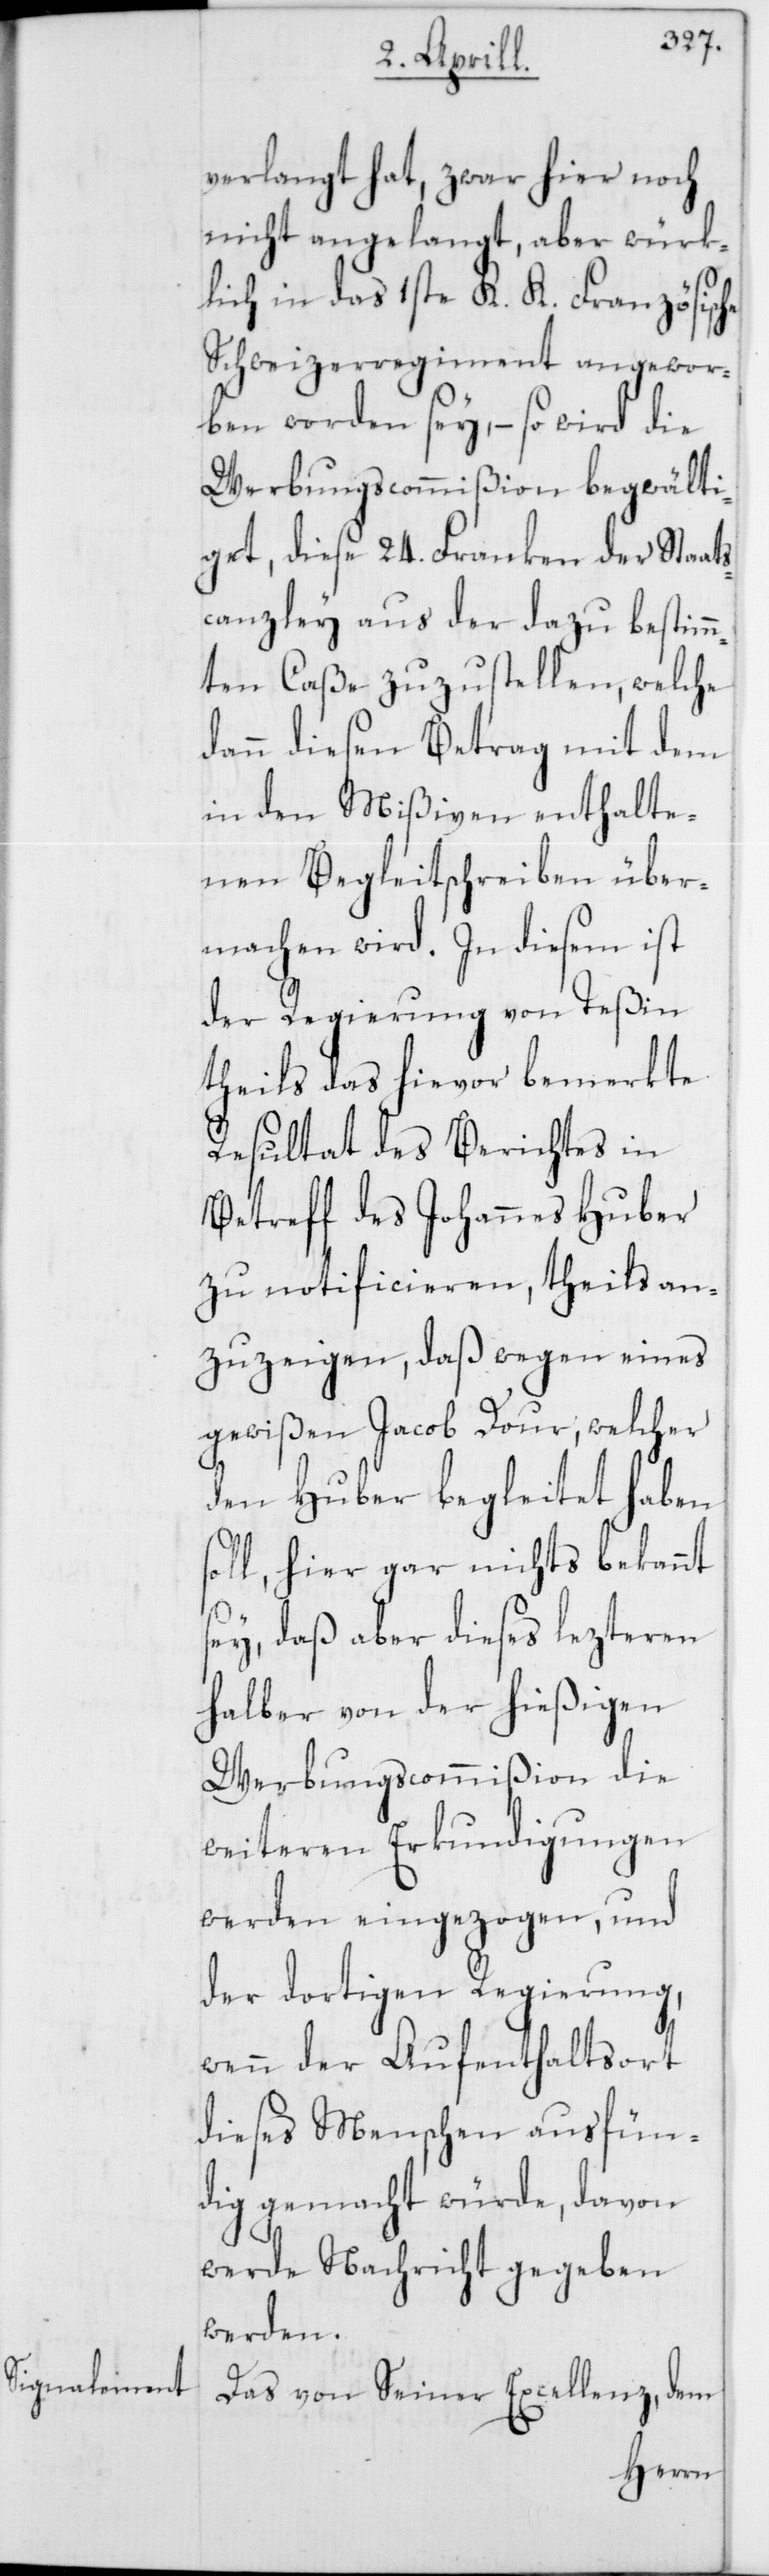
verlangt hat, zwar hier noch
nicht angelangt, aber würk¬
lich in das 1ste K. K. Französische
Schweizerregiment angewor¬
ben worden sey, – so wird die
Werbungscommißion begwälti¬
get, diese 24. Franken der Staat¬
canzley aus der dazu bestimm¬
ten Caße zuzustellen, welche
dann diesen Betrag mit dem
in den Mißiven enthalte¬
nen Begleitschreiben über¬
machen wird. In diesem ist
der Regierung von Teßin
theils das hievor bemerkte
Resultat des Berichtes in
Betreff des Johannes Huber
zu notificieren, theils an¬
zuzeigen, daß wegen eines
gewißen Jacob Dour, welcher
den Huber begleitet haben
oll, hier gar nichts bekannt
s¬
sey, daß aber dieses lezteren
halber von der hießigen
Werbungscommißion die
weiteren Erkundigungen
werden eingezogen, und
der dortigen Regierung,
wenn der Aufenthaltsort
dieses Menschen ausfün¬
dig gemacht würde, davon
werde Nachricht gegeben
werden.
Das von Seiner Excellenz, dem